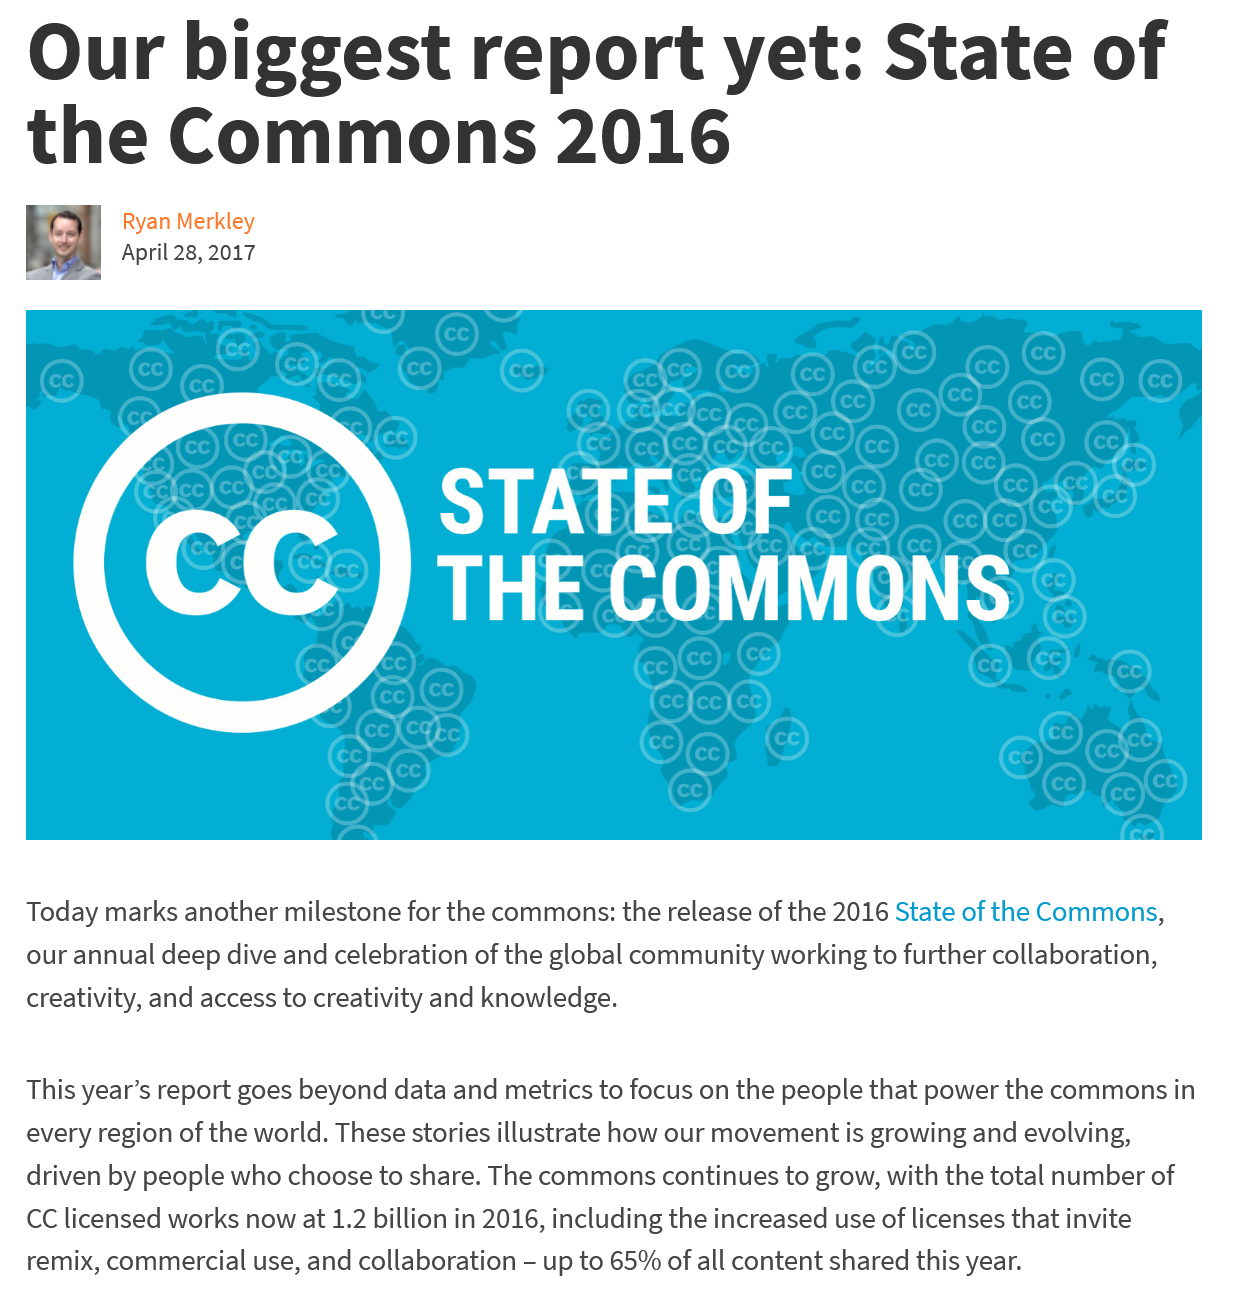
Our    biggest    report    yet:    State    of
  the    Commons    2016
     Ryan Merkley
     April 28, 2017

     iat    ie
     Tanti    (ey ie
  Today marks another milestone for the commons: the release of the 2016 State of the Commons,
  our annual deep dive and celebration of the global community working to further collaboration,
  creativity, and access to creativity and knowledge.
  This year’s report goes beyond data and metrics to focus on the people that power the commons in
  every region of the world. These stories illustrate how our movement is growing and evolving,
  driven by people who choose to share. The commons continues to grow, with the total number of
  CC licensed works now at 1.2 billion in 2016, including the increased use of licenses that invite
   remix, commercial use, and collaboration
     -
     up to 65% of all content shared this year.